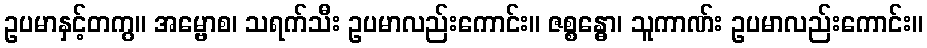
ဥပမာနှင့်တကွ။ အမ္ဗောစ၊ သရက်သီး ဥပမာလည်းကောင်း။ ဇစ္စန္ဓော၊ သူကာဏ်း ဥပမာလည်းကောင်း။